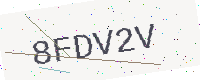
Text: 8FDV2V